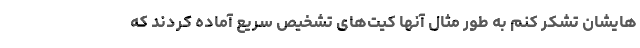
هایشان تشکر کنم به طور مثال آنها کیت‌های تشخیص سریع آماده کردند که